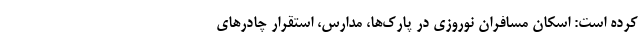
کرده است: اسکان مسافران نوروزی در پارک‌ها، مدارس، استقرار چادرهای